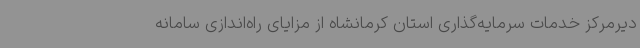
دیرمرکز خدمات سرمایه‌گذاری استان کرمانشاه از مزایای راه‌اندازی سامانه